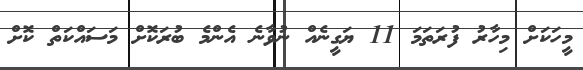
މީހަކަށް މިހާރު ފުރަތަމަ 11 ޔަގީނެއް ނުވާނެ އެންމެ ބުރަކޮށް މަސައްކަތް ކޮށް